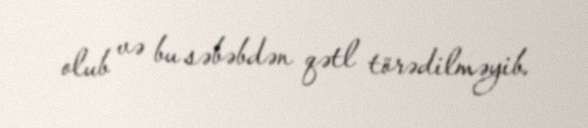
olub və bu səbəbdən qətl törədilməyib.